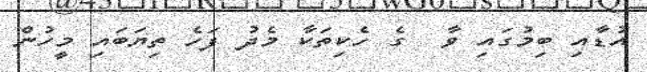
އުޑާއި ބިމުގައި ވާ  ގެ ހެކިތަކާ މެދު ފަހެ ތިޔަބައި މީހުން